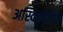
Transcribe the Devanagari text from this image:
अस्विकृतियों